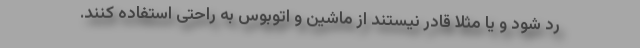
رد شود و یا مثلا قادر نیستند از ماشین و اتوبوس به راحتی استفاده کنند.